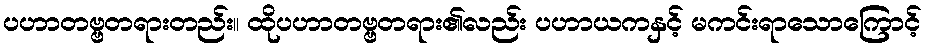
ပဟာတဗ္ဗတရားတည်း။ ထိုပဟာတဗ္ဗတရား၏လည်း ပဟာယကနှင့် မကင်းရာသောကြောင့်